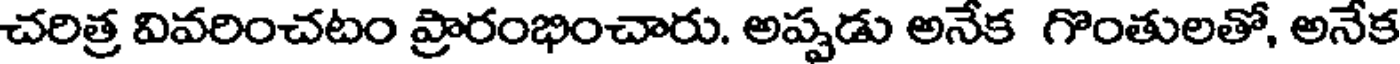
చరిత్ర వివరించటం ప్రారంభించారు. అప్పడు అనేక గొంతులతో, అనేక